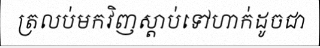
ត្រលប់មកវិញស្តាប់ទៅហាក់ដូចជា